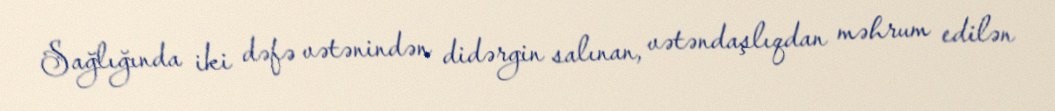
Sağlığında iki dəfə vətənindən didərgin salınan, vətəndaşlıqdan məhrum edilən